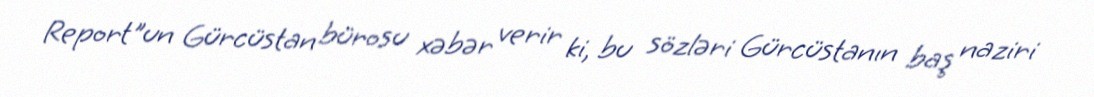
Report"un Gürcüstan bürosu xəbər verir ki, bu sözləri Gürcüstanın baş naziri